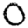
Digit: 0